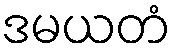
ဒမယတံ